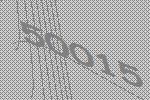
50015